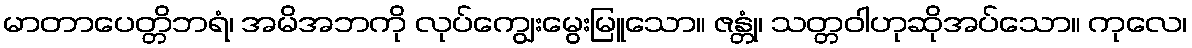
မာတာပေတ္တိဘရံ၊ အမိအဘကို လုပ်ကျွေးမွေးမြူသော။ ဇန္တုံ၊ သတ္တဝါဟုဆိုအပ်သော။ ကုလေ၊